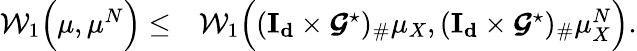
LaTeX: \begin{array}{rl}{\mathcal{W}_{1}\Big(\mu,\mu^{N}\Big)\le}&{\mathcal{W}_{1}\Big((\boldsymbol{\mathrm{I_{d}}}\times\boldsymbol{\mathcal{G}}^{\star})_{\# }\mu_{X},(\boldsymbol{\mathrm{I_{d}}}\times\boldsymbol{\mathcal{G}}^{\star})_{\# }\mu_{X}^{N}\Big).}\end{array}